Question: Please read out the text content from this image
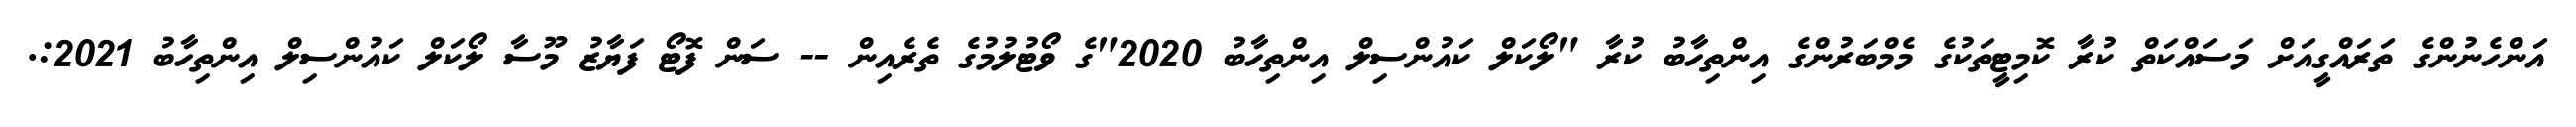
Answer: އަންހެނުންގެ ތަރައްގީއަށް މަސައްކަތް ކުރާ ކޮމިޓީތަކުގެ މެމްބަރުންގެ އިންތިހާބު ކުރާ "ލޯކަލް ކައުންސިލް އިންތިހާބު 2020"ގެ ވޯޓުލުމުގެ ތެރެއިން -- ސަން ފޮޓޯ ފަޔާޒު މޫސާ ލޯކަލް ކައުންސިލް އިންތިހާބު 2021:.